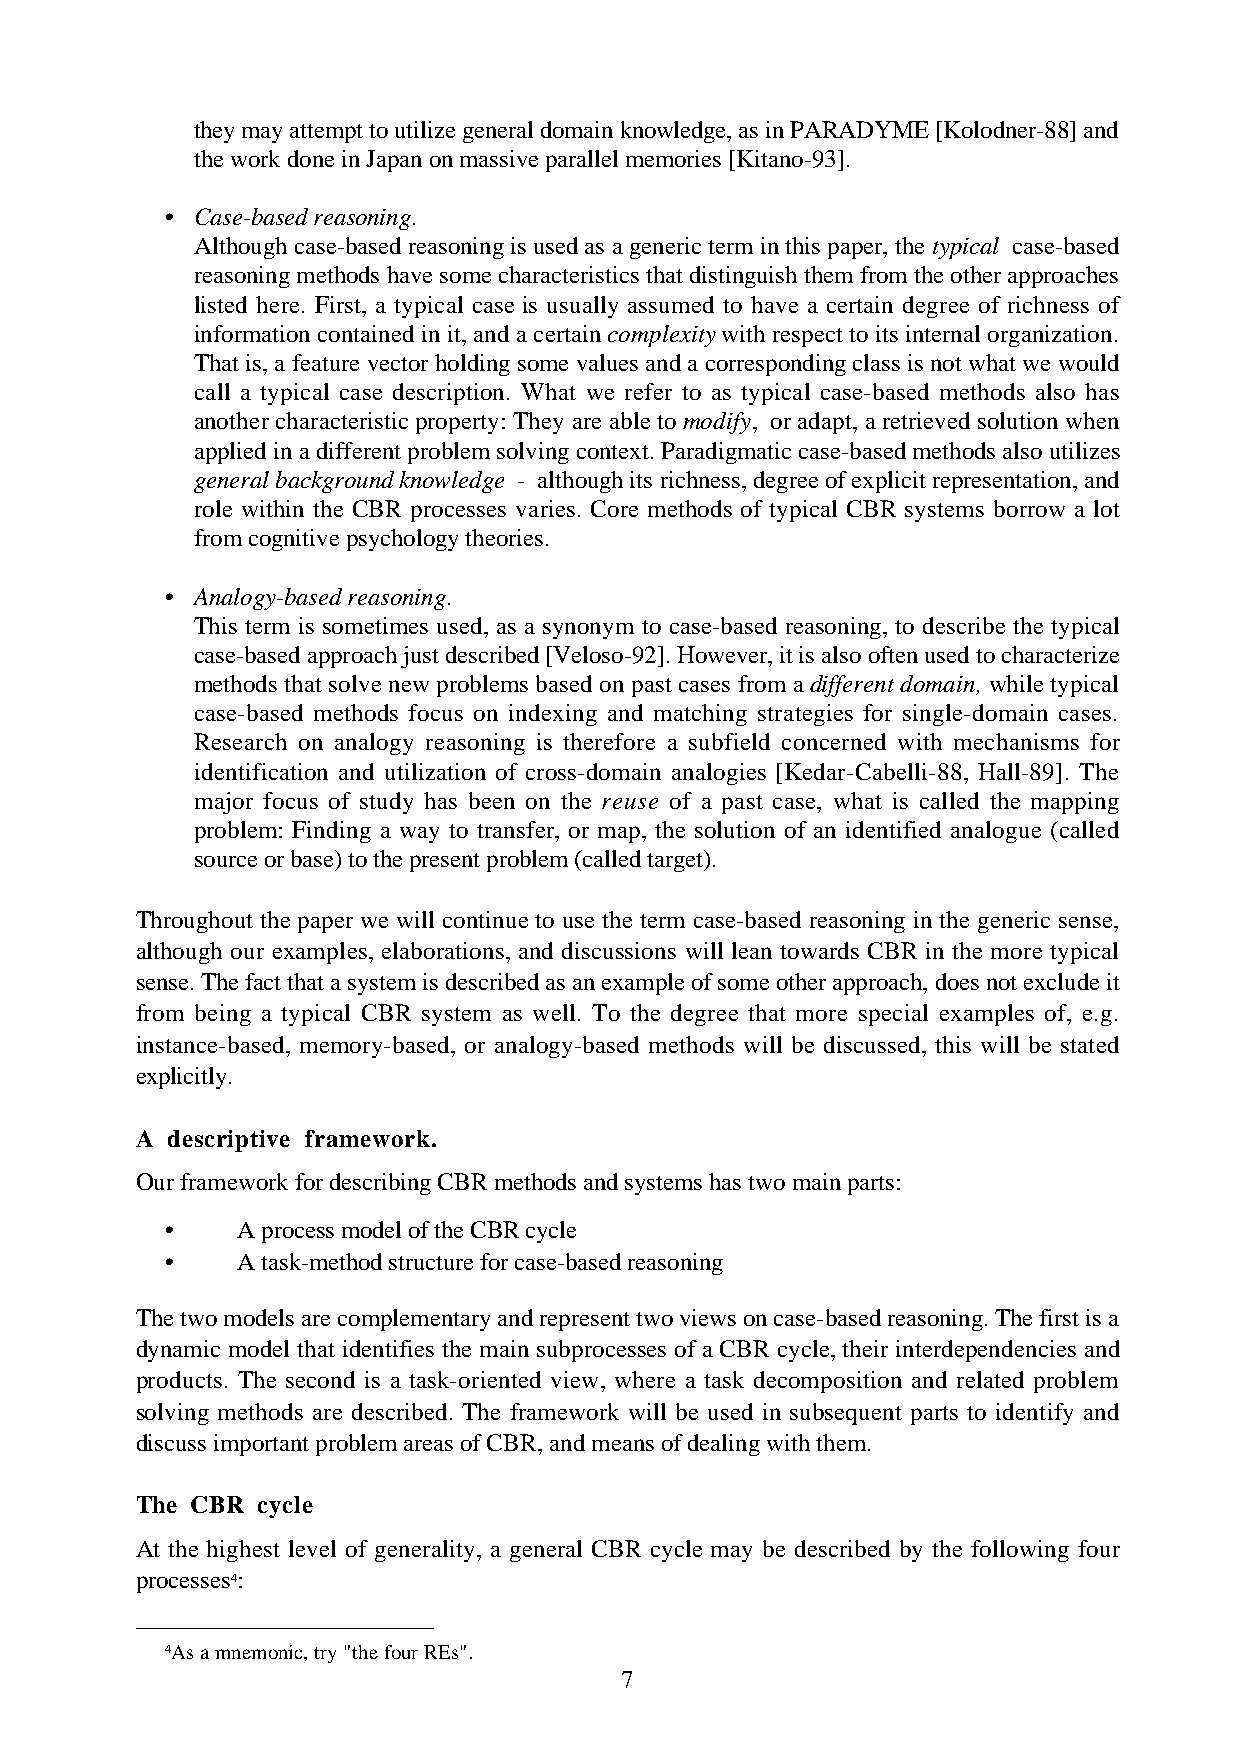
they may attempt to utilize general domain knowledge, as in PARADYME [Kolodner-88] and
 the work done in Japan on massive parallel memories [Kitano-93].
 • Case-based reasoning.
 Although case-based reasoning is used as a generic term in this paper, the typical case-based
 reasoning methods have some characteristics that distinguish them from the other approaches
 listed here. First, a typical case is usually assumed to have a certain degree of richness of
 information contained in it, and a certain complexity with respect to its internal organization.
 That is, a feature vector holding some values and a corresponding class is not what we would
 call a typical case description. What we refer to as typical case-based methods also has
 another characteristic property: They are able to modify, or adapt, a retrieved solution when
 applied in a different problem solving context. Paradigmatic case-based methods also utilizes
 general background knowledge - although its richness, degree of explicit representation, and
 role within the CBR processes varies. Core methods of typical CBR systems borrow a lot
 from cognitive psychology theories.
 • Analogy-based reasoning.
 This term is sometimes used, as a synonym to case-based reasoning, to describe the typical
 case-based approach just described [Veloso-92]. However, it is also often used to characterize
 methods that solve new problems based on past cases from a different domain, while typical
 case-based methods focus on indexing and matching strategies for single-domain cases.
 Research on analogy reasoning is therefore a subfield concerned with mechanisms for
 identification and utilization of cross-domain analogies [Kedar-Cabelli-88, Hall-89]. The
 major focus of study has been on the reuse of a past case, what is called the mapping
 problem: Finding a way to transfer, or map, the solution of an identified analogue (called
 source or base) to the present problem (called target).
 Throughout the paper we will continue to use the term case-based reasoning in the generic sense,
 although our examples, elaborations, and discussions will lean towards CBR in the more typical
 sense. The fact that a system is described as an example of some other approach, does not exclude it
 from being a typical CBR system as well. To the degree that more special examples of, e.g.
 instance-based, memory-based, or analogy-based methods will be discussed, this will be stated
 explicitly.
 A descriptive framework.
 Our framework for describing CBR methods and systems has two main parts:
 •    A process model of the CBR cycle
 •    A task-method structure for case-based reasoning
 The two models are complementary and represent two views on case-based reasoning. The first is a
 dynamic model that identifies the main subprocesses of a CBR cycle, their interdependencies and
 products. The second is a task-oriented view, where a task decomposition and related problem
 solving methods are described. The framework will be used in subsequent parts to identify and
 discuss important problem areas of CBR, and means of dealing with them.
 The CBR cycle
 At the highest level of generality, a general CBR cycle may be described by the following four
 processes4:
 4As a mnemonic, try "the four REs".
 7